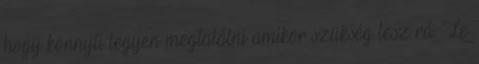
hogy könnyű legyen megtalálni amikor szükség lesz rá. Le